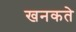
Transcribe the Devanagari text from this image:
खनकते